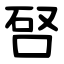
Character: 唘